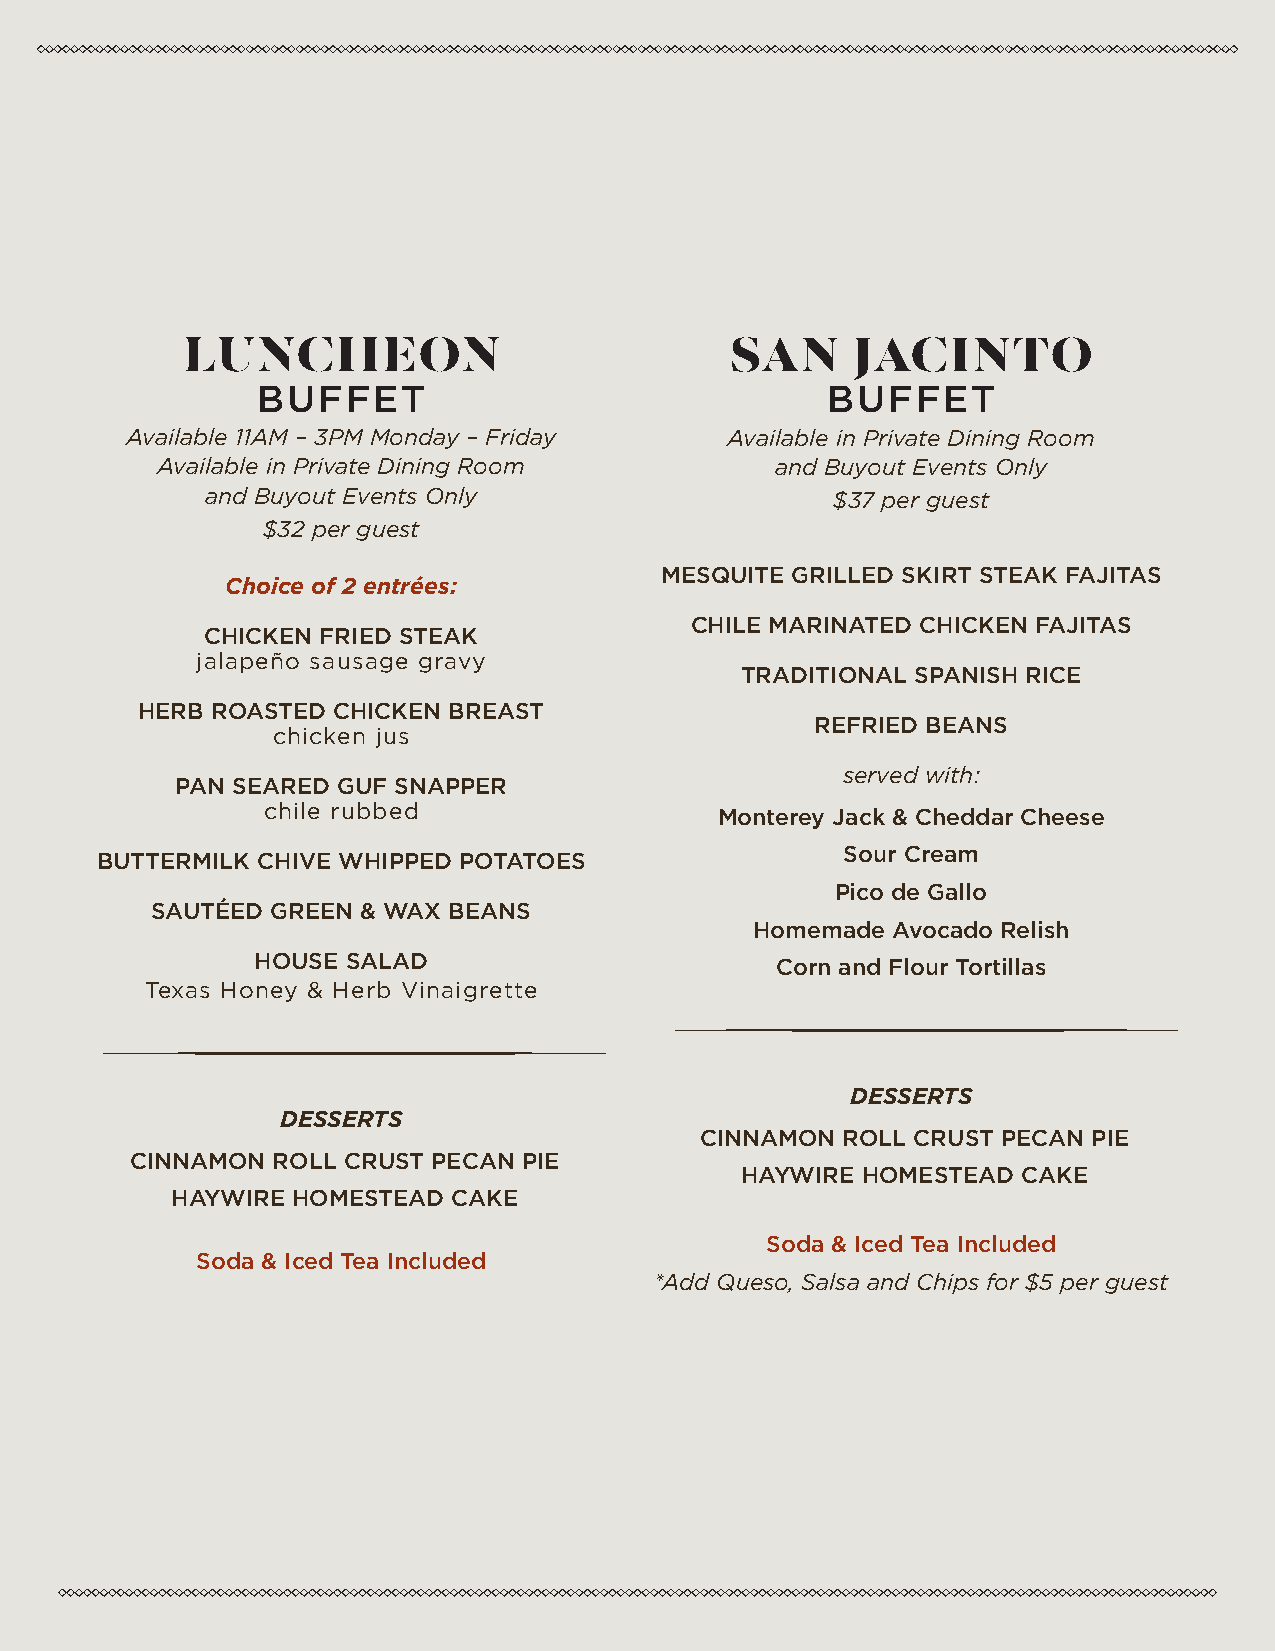
LUNCHEON                            SAN     JACINTO
 BUFFET                                BUFFET
 Available 11AM – 3PM Monday – Friday    Available in Private Dining Room
 Available in Private Dining Room         and Buyout Events Only
 and Buyout Events Only                   $37 per guest
 $32 per guest
 MESQUITE GRILLED SKIRT STEAK FAJITAS
 Choice of 2 entrées:
 CHILE MARINATED CHICKEN FAJITAS
 CHICKEN FRIED STEAK
 jalapeño sausage gravy
 TRADITIONAL SPANISH RICE
 HERB ROASTED CHICKEN BREAST
 REFRIED BEANS
 chicken jus
 served with:
 PAN SEARED GUF SNAPPER
 chile rubbed                   Monterey Jack & Cheddar Cheese
 Sour Cream
 BUTTERMILK CHIVE WHIPPED POTATOES
 Pico de Gallo
 SAUTÉED GREEN & WAX BEANS
 Homemade Avocado Relish
 HOUSE SALAD                       Corn and Flour Tortillas
 Texas Honey & Herb Vinaigrette
 DESSERTS
 DESSERTS
 CINNAMON  ROLL CRUST PECAN PIE
 CINNAMON ROLL CRUST PECAN PIE
 HAYWIRE HOMESTEAD  CAKE
 HAYWIRE HOMESTEAD  CAKE
 Soda & Iced Tea Included
 Soda & Iced Tea Included
 *Add Queso, Salsa and Chips for $5 per guest